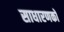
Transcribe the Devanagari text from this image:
साधारणको